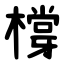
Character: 橕